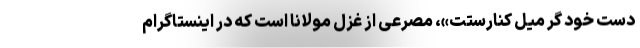
دست خود گر میل کنارستت»، مصرعی از غزل مولانا است که در اینستاگرام